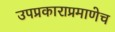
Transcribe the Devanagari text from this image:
उपप्रकाराप्रमाणेच